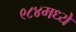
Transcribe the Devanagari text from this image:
९८४मध्ये